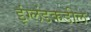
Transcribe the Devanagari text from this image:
इंग्लंडकडील